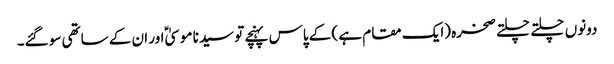
دونوں چلتے چلتے صخرہ (ایک مقام ہے ) کے پاس پہنچے تو سیدنا موسیٰؑ اور ان کے ساتھی سو گئے۔